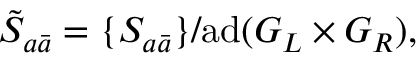
\tilde { S } _ { a \bar { a } } = \{ S _ { a \bar { a } } \} / \mathrm { a d } ( G _ { L } \times G _ { R } ) ,